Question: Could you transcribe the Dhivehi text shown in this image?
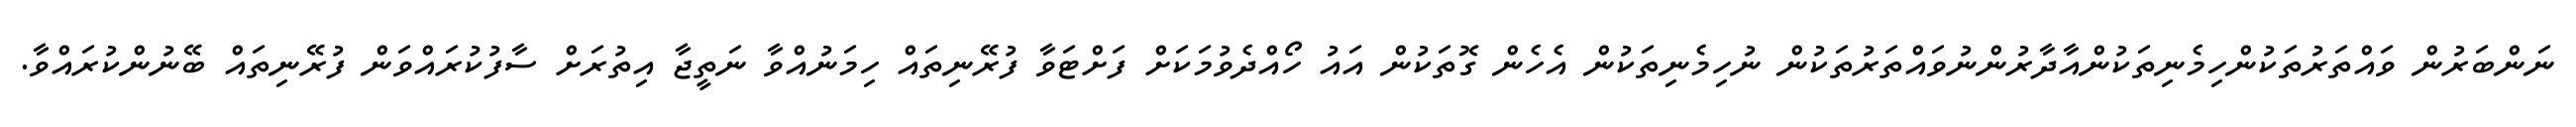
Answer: ނަންބަރުން ވައްތަރުތަކުންހިމެނިތަކުންއާދާރުންނުވައްތަރުތަކުން ނުހިމެނިތަކުން އެހެން ގޮތަކުން އައު ހޯއްދެވުމަކަށް ފަށްޓަވާ ފުރޭނިތައް ހިމަނުއްވާ ނަތީޖާ އިތުރަށް ސާފުކުރައްވަން ފުރޭނިތައް ބޭނުންކުރައްވާ.